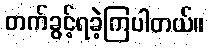
တက်ခွင့်ရခဲ့ကြပါတယ်။